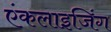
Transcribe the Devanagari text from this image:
एंकलाइजिंग